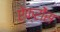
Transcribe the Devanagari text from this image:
ऐफ्रोंस